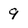
Character: 9